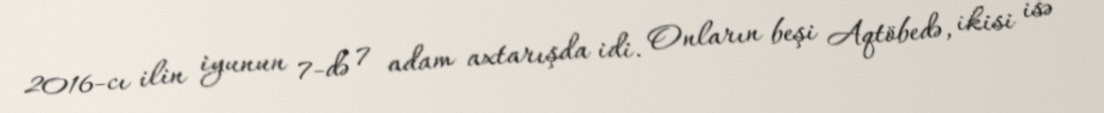
2016-cı ilin iyunun 7-də 7 adam axtarışda idi. Onların beşi Aqtöbedə, ikisi isə